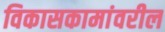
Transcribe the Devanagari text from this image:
विकासकामांवरील